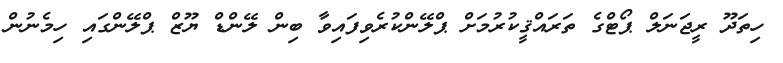
ހިތަދޫ ރީޖަނަލް ޕޯޓްގެ ތަރައްޤީކުރުމަށް ޕްލޭންކުރެވިފައިވާ ބިން ލޭންޑް ޔޫޒް ޕްލޭންގައި ހިމެނުން